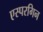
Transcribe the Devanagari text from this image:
एस्परगिन